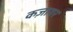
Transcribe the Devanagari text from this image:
कज़ायर